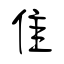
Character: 隹